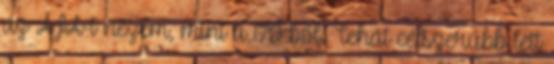
az ÁFA-t nézem, mint a 170-ből. Tehát célszerűbb lett